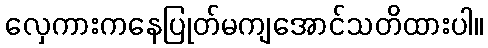
လှေကားကနေပြုတ်မကျအောင်သတိထားပါ။